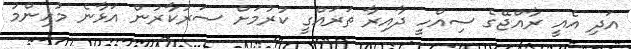
އަދި އެއީ ރާއްޖޭގެ ސިއްހީ ދާއިރާ ތަރައްގީ ކުރުމަށް ސަރުކާރުން އަޅާނެ މުހިންމު